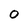
Character: 0